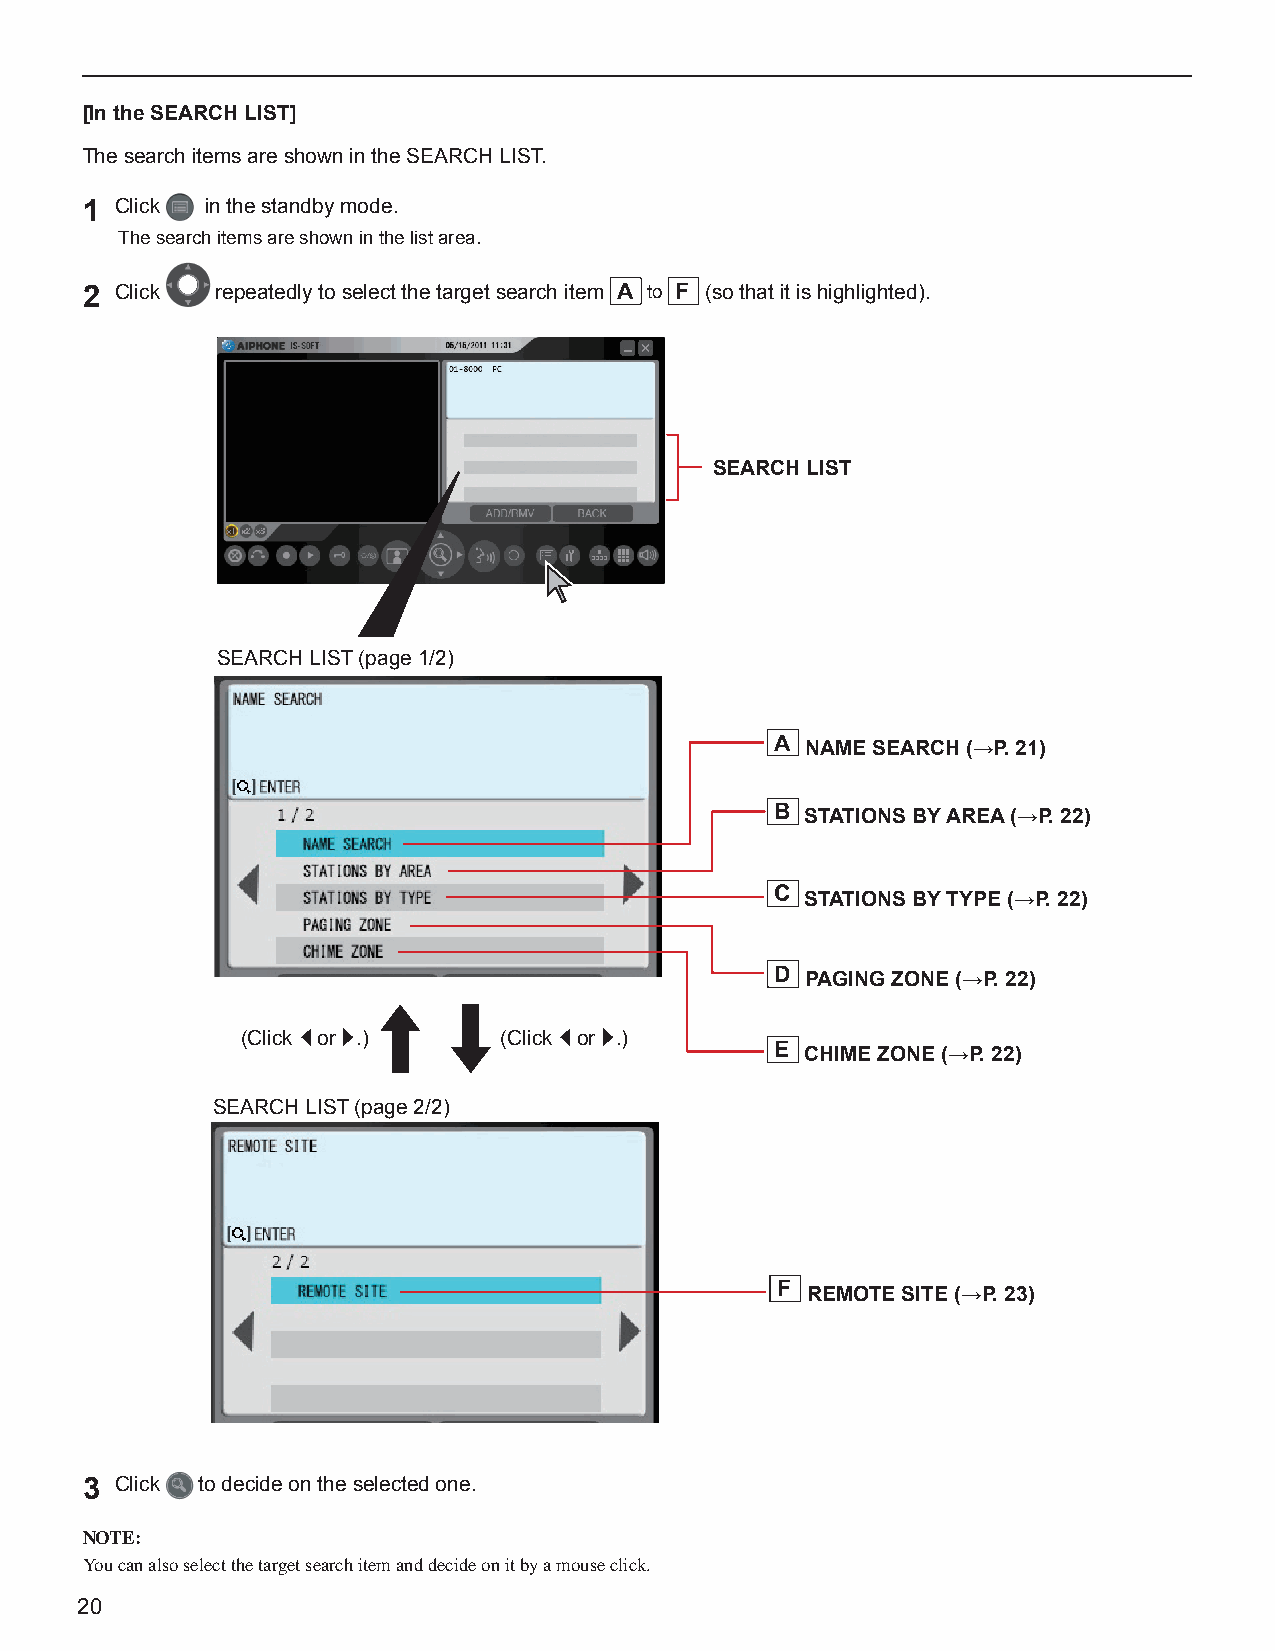
[In the SEARCH LIST]
 The search items are shown in the SEARCH LIST.
 1  Click in the standby mode.
 The search items are shown in the list area.
 2  Click repeatedly to select the target search item A to F (so that it is highlighted).
 SEARCH LIST
 SEARCH LIST (page 1/2)
 A NAME SEARCH (→P. 21)
 B STATIONS BY AREA (→P. 22)
 C STATIONS BY TYPE (→P. 22)
 D PAGING ZONE (→P. 22)
 (Click ◄ or ►.)  (Click ◄ or ►.)
 E CHIME ZONE (→P. 22)
 SEARCH LIST (page 2/2)
 F REMOTE SITE (→P. 23)
 3  Click to decide on the selected one.
 NOTE:
 You can also select the target search item and decide on it by a mouse click.
 20